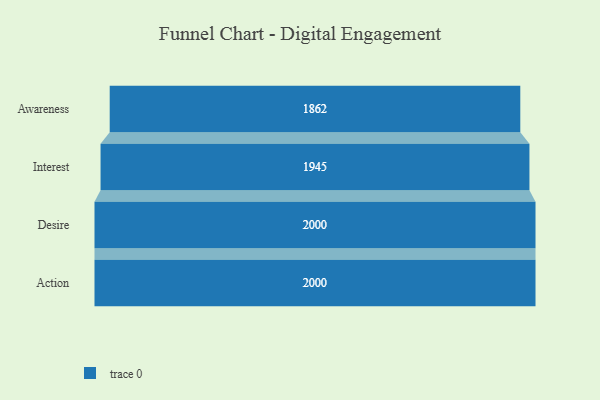
{"axis": {"x": "Stage", "y": "Value"}, "legend": [""], "data": [{"x": "Awareness", "y": 1862.0, "type": ""}, {"x": "Interest", "y": 1945.0, "type": ""}, {"x": "Desire", "y": 2000, "type": ""}, {"x": "Action", "y": 2000, "type": ""}]}